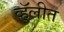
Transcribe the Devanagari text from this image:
व्हॅलीत